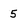
Character: 5